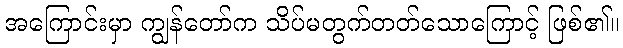
အကြောင်းမှာ ကျွန်တော်က သိပ်မတွက်တတ်သောကြောင့် ဖြစ်၏။